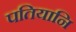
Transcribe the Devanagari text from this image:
पतियानि